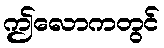
ဤလောကတွင်